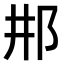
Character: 𨙷